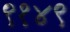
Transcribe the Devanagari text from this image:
९१४९